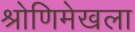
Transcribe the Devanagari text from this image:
श्रोणिमेखला